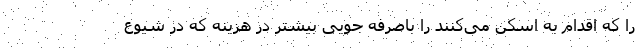
را که اقدام به اسکن می‌کنند را باصرفه جویی بیشتر در هزینه که در شیوع